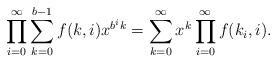
LaTeX: \begin{align*}\prod_{i=0}^{\infty} \sum_{k=0}^{b-1} f(k,i) x^{b^i k} = \sum_{k=0}^{\infty}x^k \prod_{i=0}^{\infty} f(k_i,i).\end{align*}